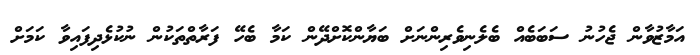
އަމާޒުވާން ޖެހުނު ސަބަބެއް ބެލެނިވެރިންނަށް ބަޔާންކޮށްދޭން ކަމާ ބެހޭ ފަރާތްތަކުން ނުކުޅެދިފައިވާ ކަމަށް